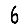
Digit: 6